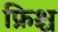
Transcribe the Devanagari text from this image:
फ्रिश्च